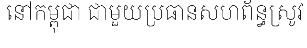
នៅកម្ពុជា ជាមួយប្រធានសហព័ន្ធស្រូវ